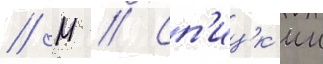
// М // Сп'ицк'ии